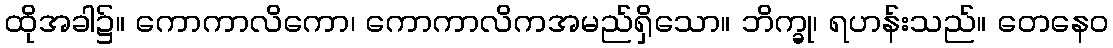
ထိုအခါ၌။ ကောကာလိကော၊ ကောကာလိကအမည်ရှိသော။ ဘိက္ခု၊ ရဟန်းသည်။ တေနေဝ